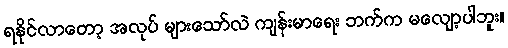
ရနိုင်လာတော့ အလုပ် များသော်လဲ ကျန်းမာရေး ဘက်က မလျော့ပါဘူး။